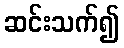
ဆင်းသက်၍